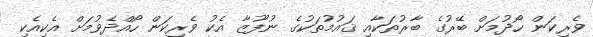
ވެރިކަން ހޯދުމަށް ބޭރުގެ ބާރުތަކާއި ޤައުމުތަކުގެ ނުފޫޒާ އެކު ވެރިކަން ހޯއްދެވުމަށް އެކިއެކި